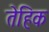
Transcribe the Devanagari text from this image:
तेहिक